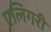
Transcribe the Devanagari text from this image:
एलिगरी